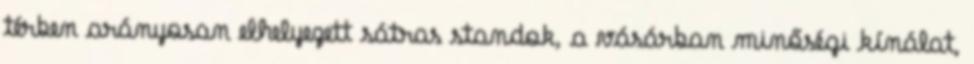
térben arányosan elhelyezett sátras standok, a vásárban minőségi kínálat,